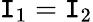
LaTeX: \mathtt{I}_{1}=\mathtt{I}_{2}